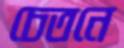
চেতনে